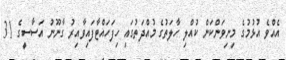
އެއްވެ އުޅުމުގެ މިނިވަންކަން ކުއްލި ހާލަތުގެ މުއްދަތުގައި ހިފަހައްޓާފައިވާއިރު ގާނޫނު އަސާސީގެ 31